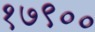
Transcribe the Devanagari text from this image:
१७९००